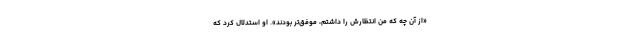
«از آن چه که من انتظارش را داشتم، موفق‌تر بودند». او استدلال کرد که